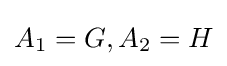
A_{1}=G,A_{2}=H